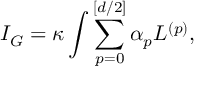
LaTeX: I _ { G } = \kappa \int \sum _ { p = 0 } ^ { [ d / 2 ] } \alpha _ { p } L ^ { ( p ) } ,